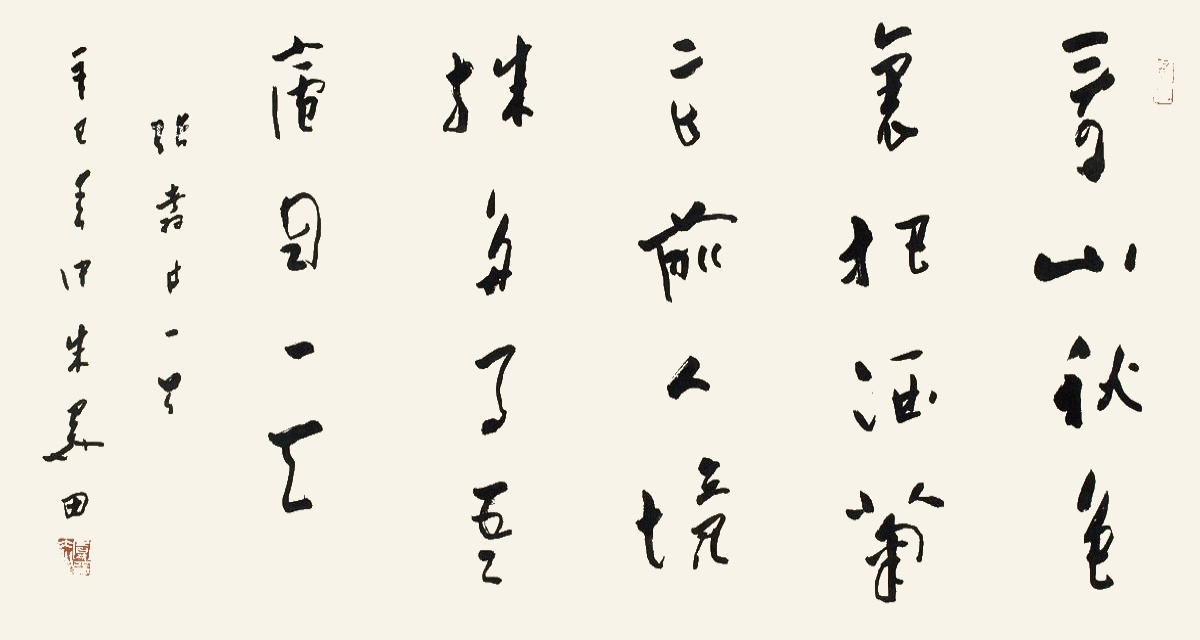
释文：看山秋色里，把酒菊花前。人境殊多事，吾庐自一天。张翥诗一首。辛巳春仲，朱关田。